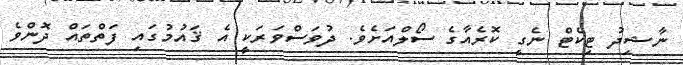
ނާޝިދު ޓިކެޓް ނެގީ ކޮރެއާގެ ސޯލްއަށެވެ. ދުވަސްވަރަކީ އެ ޤައުމުގައި ފަތްތައް ދޮންވެ